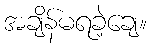
အချိန်မရခဲ့ချေ။